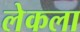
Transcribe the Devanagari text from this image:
लेकला